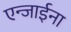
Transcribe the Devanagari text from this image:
एन्जाईना